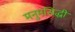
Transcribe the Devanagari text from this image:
मनुमसिद्धी